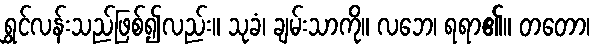
ရွှင်လန်းသည်ဖြစ်၍လည်း။ သုခံ၊ ချမ်းသာကို။ လဘေ၊ ရရာ၏။ တတော၊